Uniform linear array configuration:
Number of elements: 12
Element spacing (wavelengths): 0.5
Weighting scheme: blackman
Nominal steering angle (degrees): -30
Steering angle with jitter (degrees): -29.753
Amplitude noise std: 0.05
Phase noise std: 0.05

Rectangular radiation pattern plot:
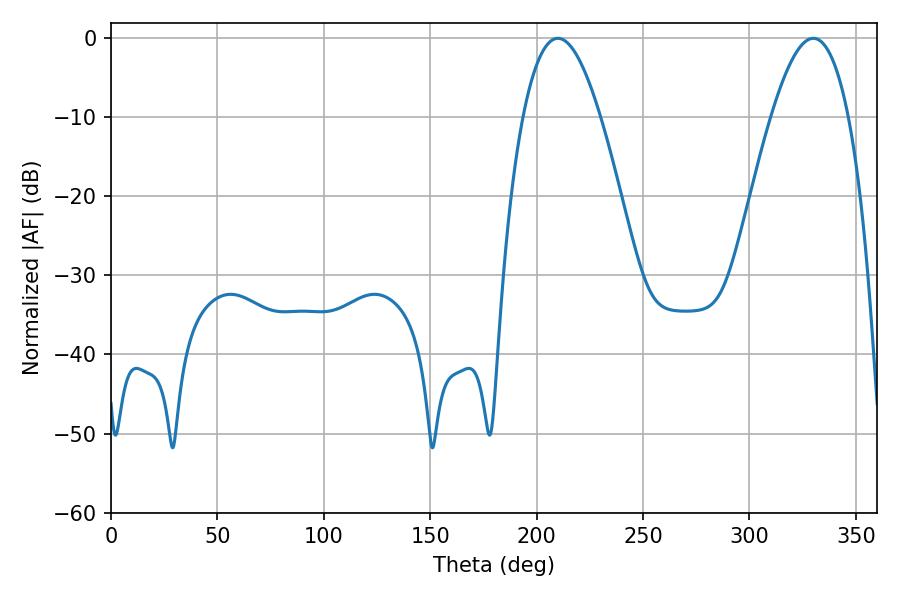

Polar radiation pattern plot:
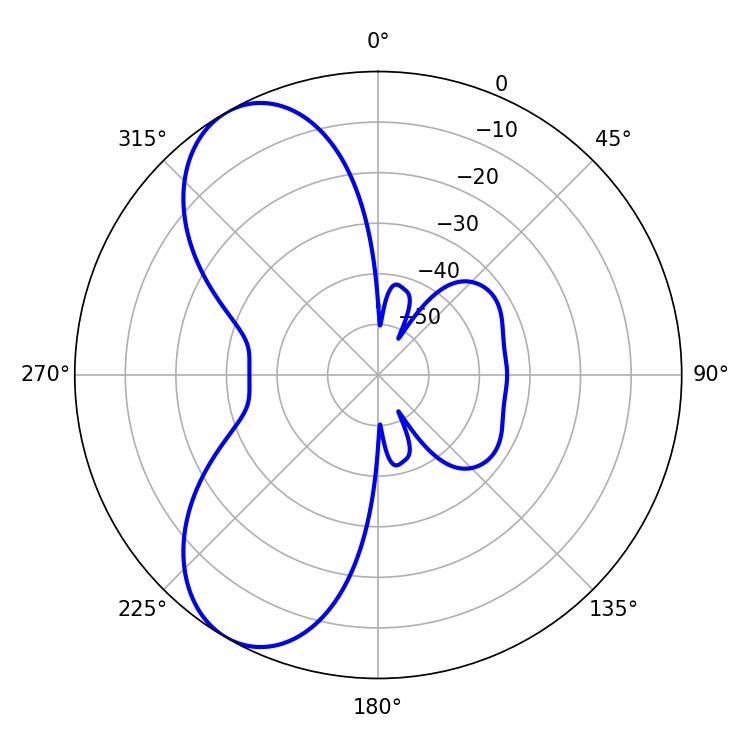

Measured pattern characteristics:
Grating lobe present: FALSE
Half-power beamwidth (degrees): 19.98
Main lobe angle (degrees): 329.94